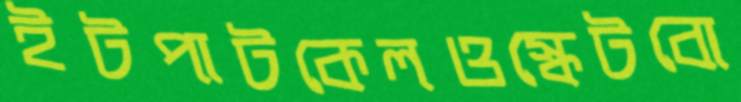
ইটপাটকেলওস্কেটবো